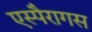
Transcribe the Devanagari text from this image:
एस्पैरागस